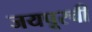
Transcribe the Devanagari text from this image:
जयपूरची